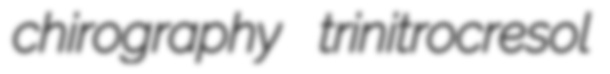
chirography trinitrocresol